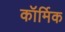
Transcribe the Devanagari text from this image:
कॉर्मिक